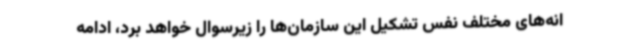
انه‌های مختلف نفس تشکیل این سازمان‌ها را زیرسوال خواهد برد، ادامه